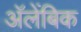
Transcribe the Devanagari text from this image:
अॅलेंबिक